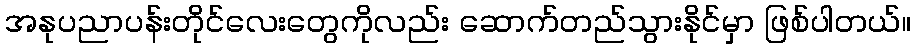
အနုပညာပန်းတိုင်လေးတွေကိုလည်း ဆောက်တည်သွားနိုင်မှာ ဖြစ်ပါတယ်။